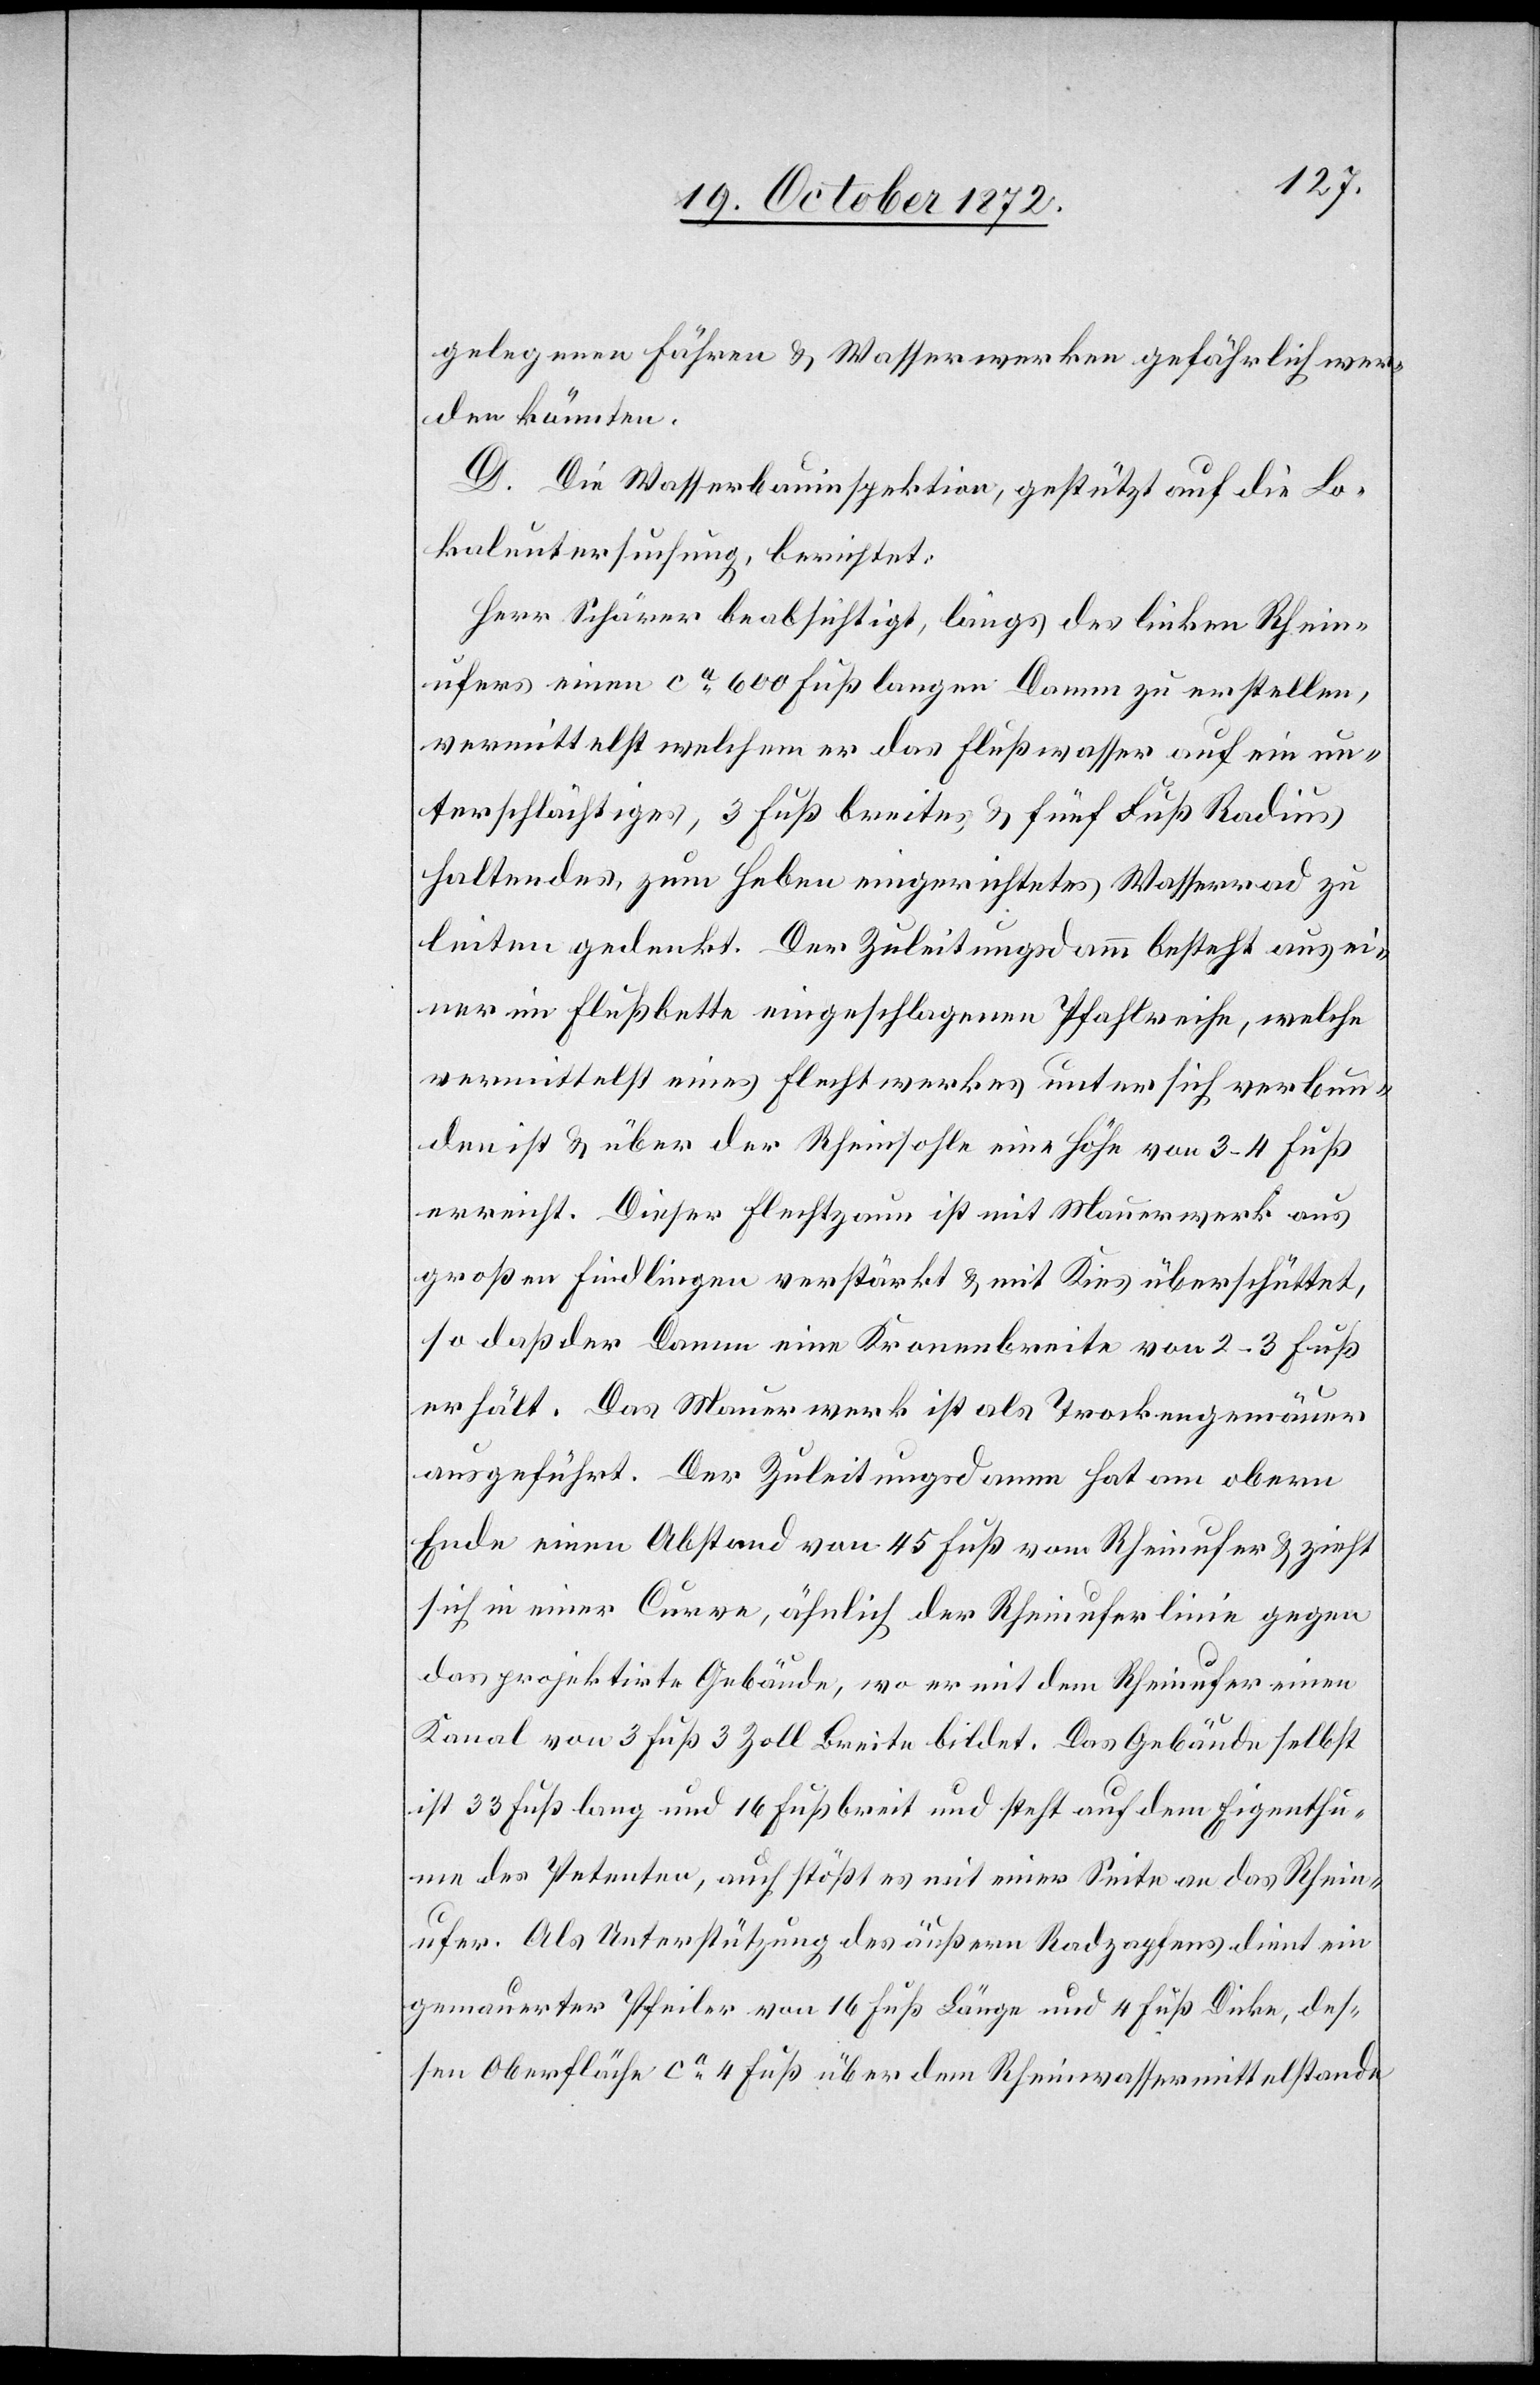
gelegenen Fähren u. Wasserwerken gefährlich wer¬
den könnten.
D. Die Wasserbauinspektion, gestützt auf die Lo¬
kaluntersuchung, berichtet:
Herr Schärer beabsichtigt, längs des linken Rhein¬
ufers einen ca 600 Fuß langen Damm zu erstellen,
vermittelst welchem er das Flußwasser auf ein un¬
terschlächtiges, 3 Fuß breites u. fünf Fuß Radius
haltendes, zum Heben eingerichtetes Wasserrad zu
leiten gedenkt. Der Zuleitungsdamm besteht aus ei¬
ner im Flußbette eingeschlagenen Pfahlreihe, welche
vermittelst eines Flechtwerkes unter sich verbun¬
den ist u. über der Rheinsohle eine Höhe von 3–4 Fuß
erreicht. Dieser Flechtzaun ist mit Mauerwerk aus
großen Findlingen verstärkt u. mit Kies überschüttet,
so daß der Damm eine Kronenbreite von 2–3 Fuß
erhält. Das Mauerwerk ist als Trockengemäuer
ausgeführt. Der Zuleitungsdamm hat am obern
Ende einen Abstand von 45 Fuß vom Rheinufer u. zieht
sich in einer Curve, ähnlich der Rheinuferlinie gegen
das projektirte Gebäude, wo er mit dem Rheinufer einen
Kanal von 3 Fuß 3 Zoll Breite bildet. Das Gebäude selbst
ist 33 Fuß lang und 16 Fuß breit und steht auf dem Eigenthu¬
me des Petenten, auch stößt es mit einer Seite an das Rhein¬
ufer. Als Unterstützung des äußern Radzapfens dient ein
gemauerter Pfeiler von 16 Fuß Länge und 4 Fuß Dicke, des¬
sen Oberfläche ca 4 Fuß über dem Rheinwassermittelstande